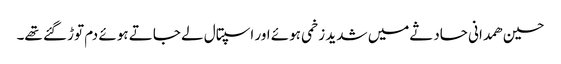
حسین ھمدانی حادثےمیں شدید زخمی ہوئے اور اسپتال لے جاتے ہوئے دم توڑ گئے تھے۔